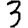
Digit: 3